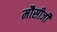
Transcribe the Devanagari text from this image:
मौसीजी